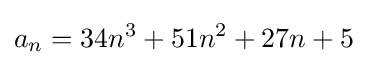
a_{n}=34n^{3}+51n^{2}+27n+5